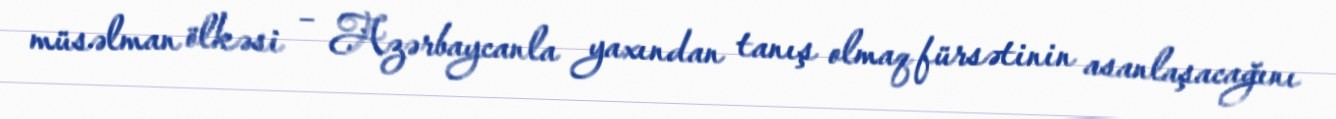
müsəlman ölkəsi – Azərbaycanla yaxından tanış olmaq fürsətinin asanlaşacağını